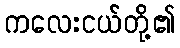
ကလေးငယ်တို့၏